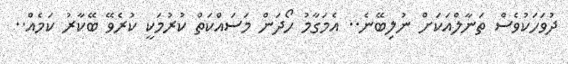
ދުވަހަކުވެސް ތަނާލްއަކަށް ނުލިބޭނެ.. އެމަގާމު ހޯދަން މަސައްކަތް ކުރުމަކީ ކުރެވޭ ބޭކާރު ކަމެއް..